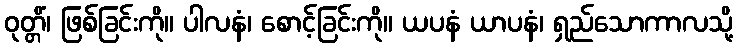
ဝုတ္တိံ၊ ဖြစ်ခြင်းကို။ ပါလနံ၊ စောင့်ခြင်းကို။ ယပနံ ယာပနံ၊ ရှည်သောကာလသို့